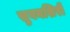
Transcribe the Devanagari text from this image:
सुवनशिरी